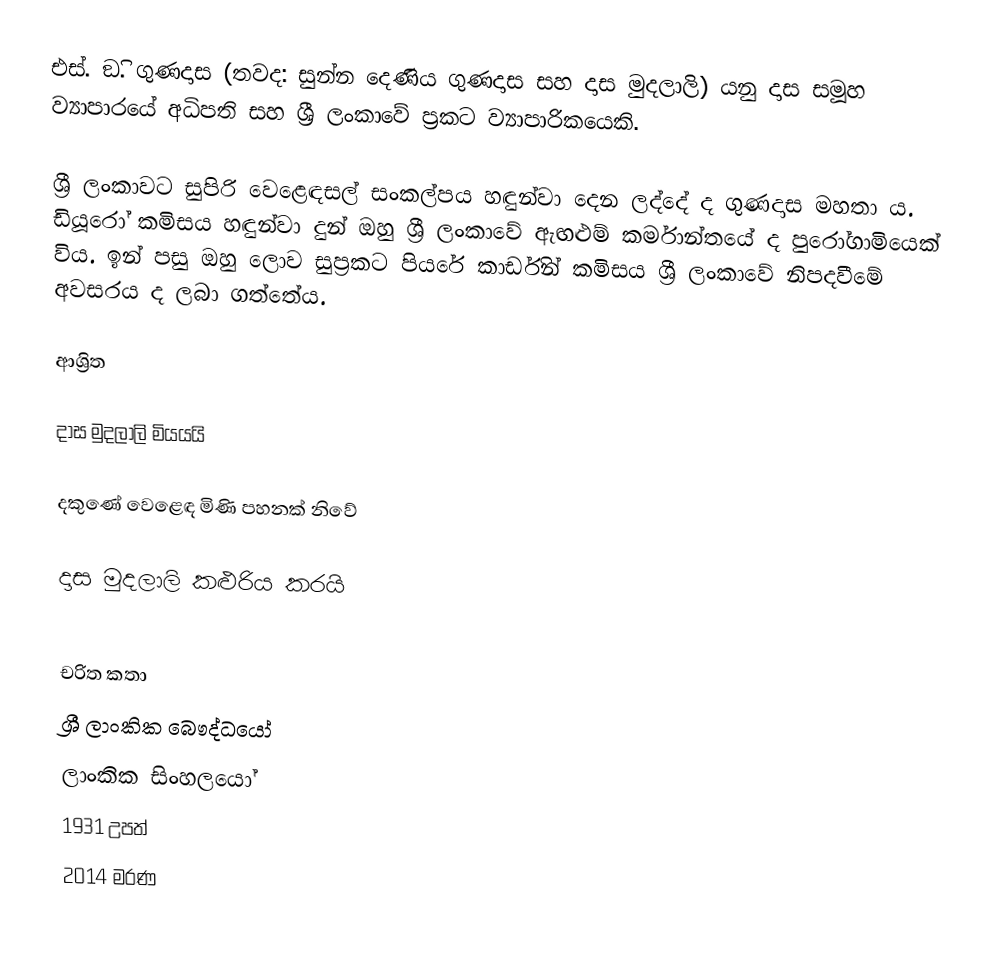
එස්. ඞි. ගුණදාස (තවද: සුන්න දෙණිය ගුණදාස සහ දාස මුදලාලි)  යනු දාස සමූහ ව්‍යාපාරයේ අධිපති සහ ශ්‍රී ලංකාවේ ප්‍රකට ව්‍යාපාරිකයෙකි.

ශ්‍රී ලංකාවට සුපිරි වෙළෙඳසල් සංකල්පය හඳුන්වා දෙන ලද්දේ ද ගුණදාස මහතා ය. ඩියූරෝ කමිසය හඳුන්වා දුන් ඔහු ශ්‍රී ලංකාවේ ඇඟළුම් කර්මාන්තයේ ද පුරෝගාමියෙක් විය. ඉන් පසු ඔහු ලොව සුප්‍රකට පියරේ කාර්ඩින් කමිසය ශ්‍රී ලංකාවේ නිපදවීමේ අවසරය ද ලබා ගත්තේය.

ආශ්‍රිත

 දාස මුදලාලි මියයයි

 දකුණේ වෙළෙඳ මිණි පහනක් නිවේ

 දාස මුදලාලි කළුරිය කරයි

චරිත කතා
ශ්‍රී ලාංකික බෞද්ධයෝ
ලාංකික සිංහලයෝ
1931 උපත්
2014 මරණ